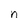
Character: n